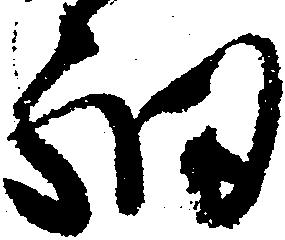
細